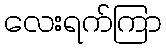
လေးရက်ကြာ